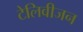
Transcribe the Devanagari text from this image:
टेलिवीजन